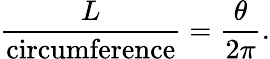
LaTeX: {\frac{L}{\mathrm{circumference}}}={\frac{\theta}{2\pi}}.